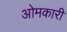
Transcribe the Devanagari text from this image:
ओमकारी